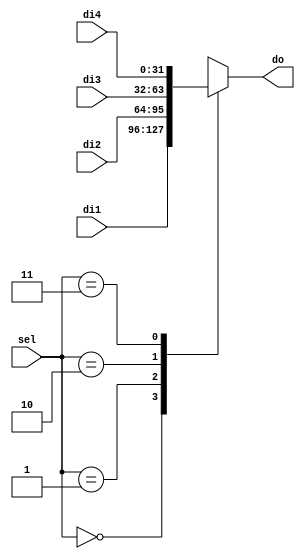
`timescale 1ns / 1ps
//////////////////////////////////////////////////////////////////////////////////
// Company: 
// Engineer: 
// 
// Design Name: 
// Module Name: mux4_1
// Project Name: 
// Target Devices: 
// Tool Versions: 
// Description: 
// 
// Dependencies: 
// 
// Revision:
// Revision 0.01 - File Created
// Additional Comments:
// 
//////////////////////////////////////////////////////////////////////////////////


module mux4_1 #(parameter n=32)( input [n-1:0] di1,input [n-1:0] di2,input [n-1:0] di3,input [n-1:0] di4, input [1:0] sel,output reg [n-1:0] do);
  always@(*)
begin
  case({sel})
2'b00:do=di1;
2'b01:do=di2;
2'b10:do=di3;
2'b11:do=di4;
//default:do=di1;
endcase
end
endmodule